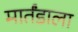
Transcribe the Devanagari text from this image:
मार्तंडाला